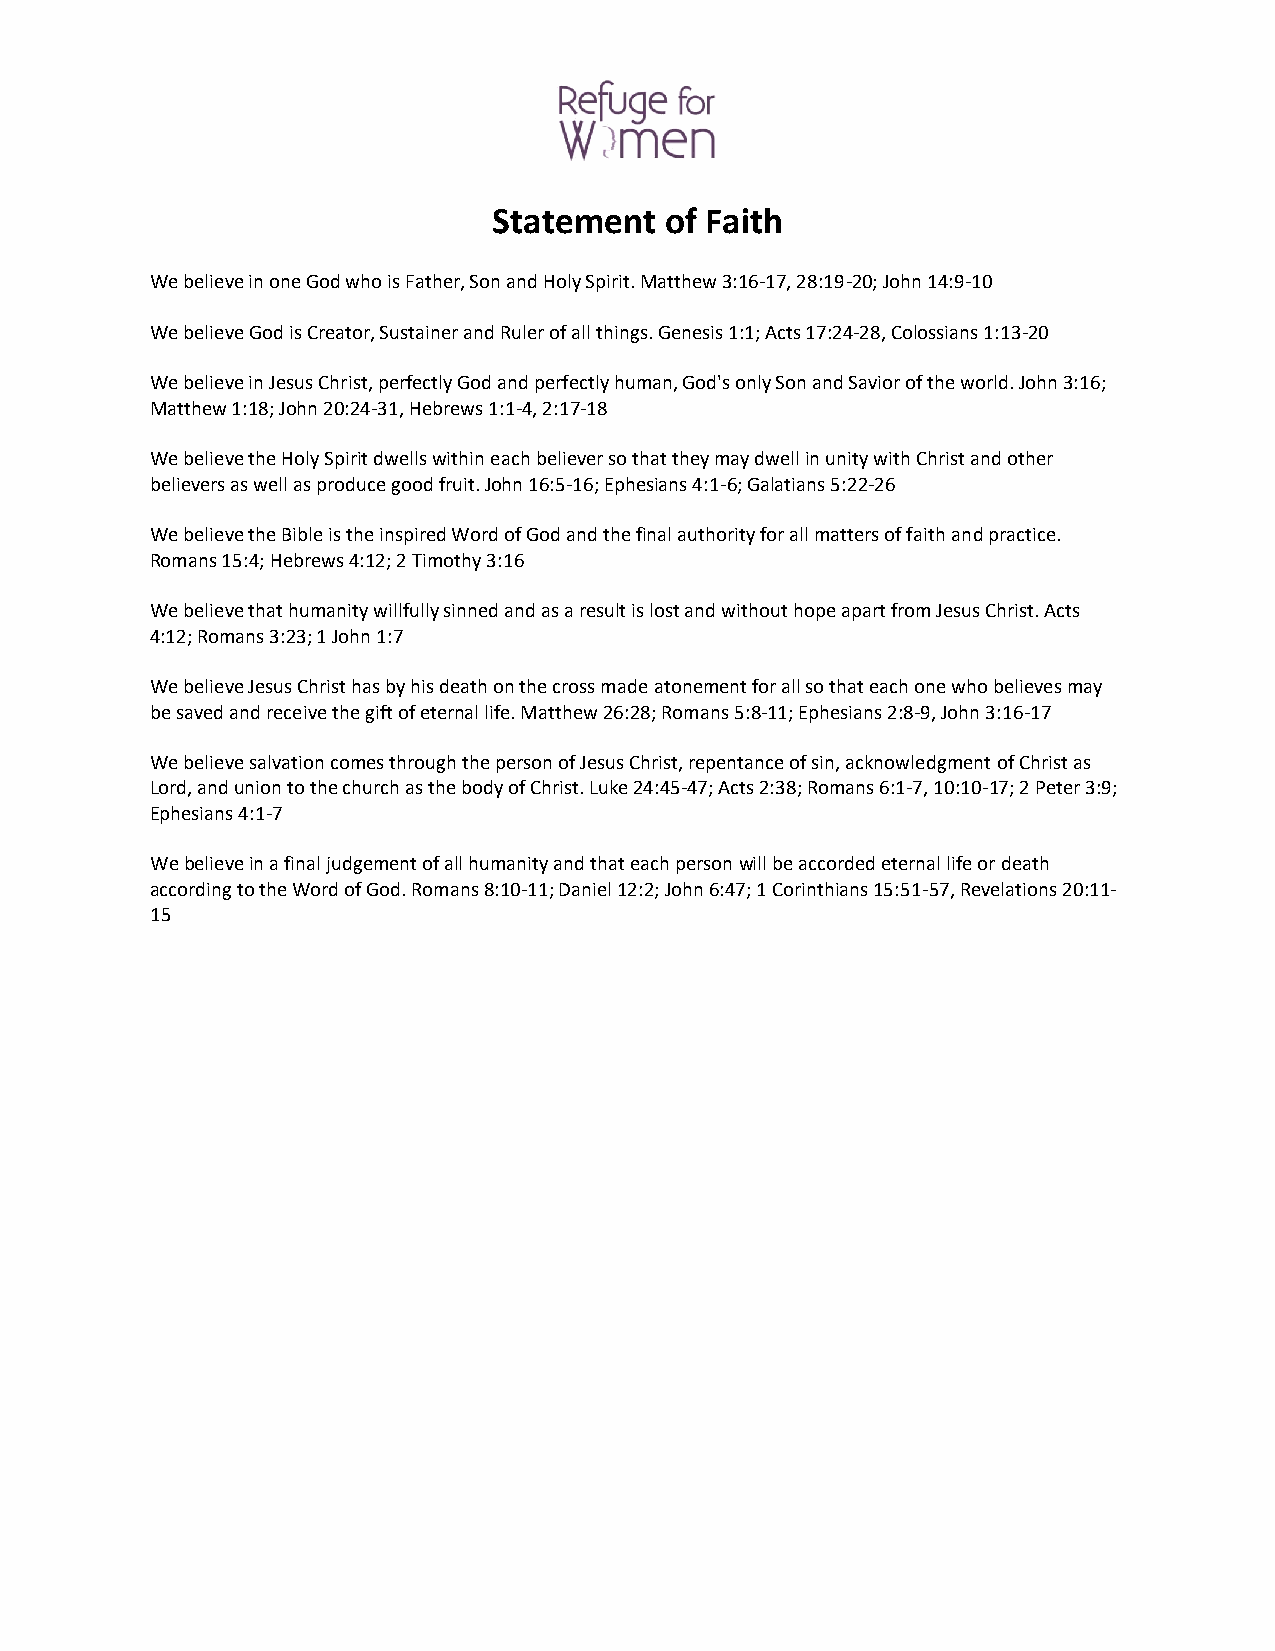
Statement  of Faith
 We believe in one God who is Father, Son and Holy Spirit. Matthew 3:16 17, 28:19-20; John 14:9­10
 We believe God is Creator, Sustainer and Ruler of all things. Genesis 1:1; Acts 17:24­28, Colossians 1:13-20
 We believe in Jesus Christ, perfectly God and perfectly human, God's only Son and Savior of the world. John 3:16;
 Matthew 1:18; John 20:24­31, Hebrews 1:1-4, 2:17-18
 We believe the Holy Spirit dwells within each believer so that they may dwell in unity with Christ and other
 believers as well as produce good fruit. John 16:5 16; Ephesians 4:1-6; Galatians 5:22-26
 We believe the Bible is the inspired Word of God and the final authority for all matters of faith and practice.
 Romans 15:4; Hebrews 4:12; 2 Timothy 3:16
 We believe that humanity willfully sinned and as a result is lost and without hope apart from Jesus Christ. Acts
 4:12; Romans 3:23; 1 John 1:7
 We believe Jesus Christ has by his death on the cross made atonement for all so that each one who believes may
 be saved and receive the gift of eternal life. Matthew 26:28; Romans 5:8­11; Ephesians 2:8­9, John 3:16-17
 We believe salvation comes through the person of Jesus Christ, repentance of sin, acknowledgment of Christ as
 Lord, and union to the church as the body of Christ. Luke 24:45­47; Acts 2:38; Romans 6:1­7, 10:10-17; 2 Peter 3:9;
 Ephesians 4:1-7
 We believe in a final judgement of all humanity and that each person will be accorded eternal life or death
 according to the Word of God. Romans 8:10­11; Daniel 12:2; John 6:47; 1 Corinthians 15:51-57, Revelations 20:11-
 15